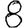
Digit: 8